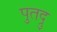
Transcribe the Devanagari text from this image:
पुतद्रु